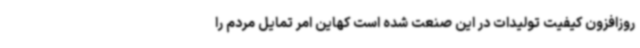
روزافزون کیفیت تولیدات در این صنعت شده است کهاین امر تمایل مردم را